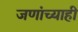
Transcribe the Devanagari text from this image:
जणांच्याही